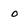
Character: 0